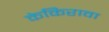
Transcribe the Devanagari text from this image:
केकिरावा